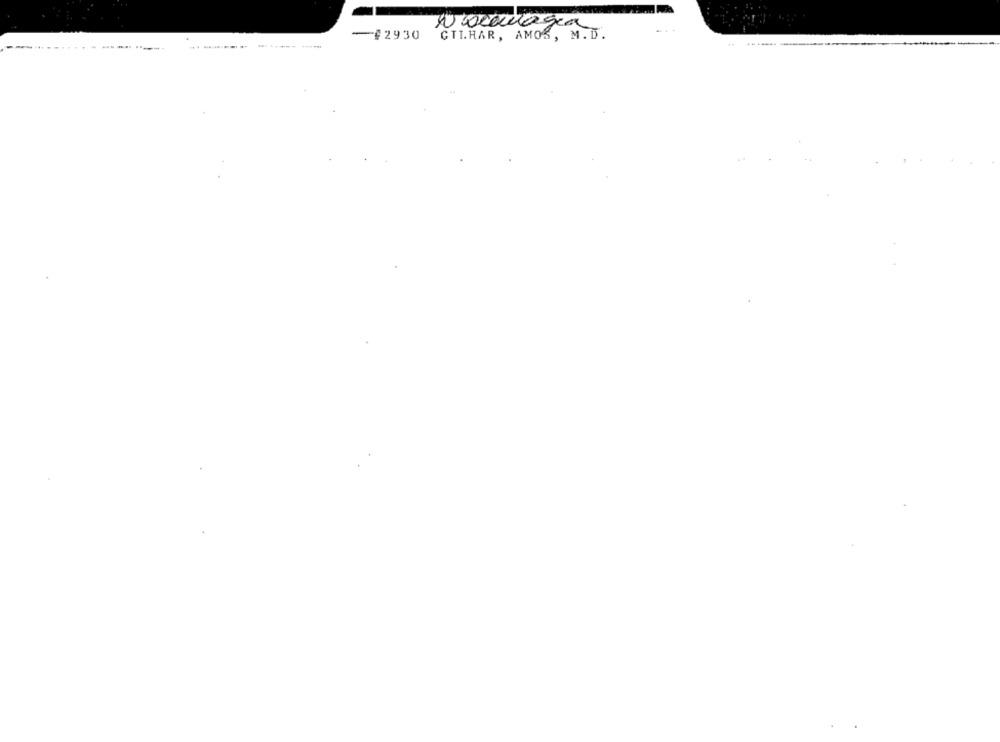
Nccculagia
-$2930
CTLHAR, AMOS, M. D.
------ ------ --